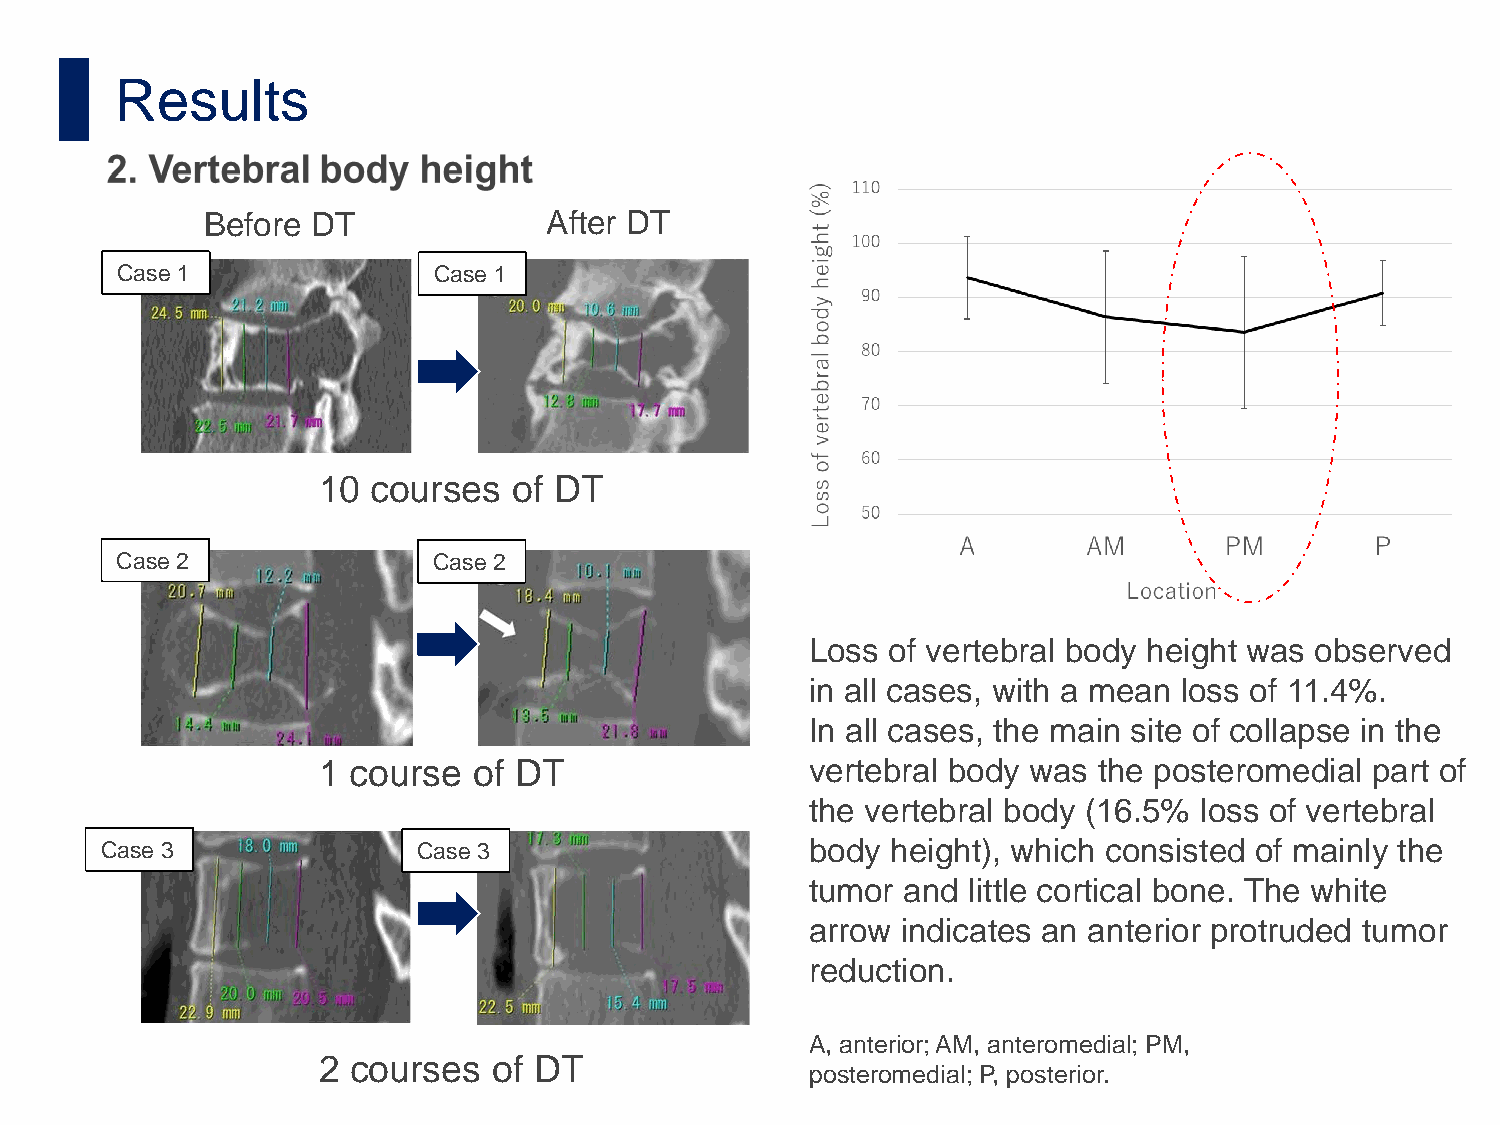
Results
 Before DT             After DT
 Case 1               Case 1
 10  courses  of DT
 Case 2               Case 2
 Loss of vertebral body height was observed
 in all cases, with a mean loss of 11.4%.
 In all cases, the main site of collapse in the
 1 course  of DT                  vertebral body was the posteromedial part of
 the vertebral body (16.5% loss of vertebral
 Case 3               Case 3                    body height), which consisted of mainly the
 tumor and little cortical bone. The white
 arrow indicates an anterior protruded tumor
 reduction.
 A, anterior; AM, anteromedial; PM,
 2 courses   of DT
 posteromedial; P, posterior.